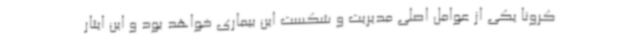
کرونا یکی از عوامل اصلی مدیریت و شکست این بیماری خواهد بود و این ایثار